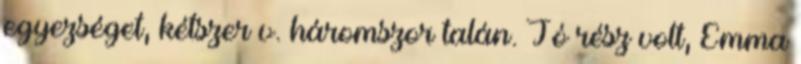
egyezséget, kétszer v. háromszor talán. Jó rész volt, Emma